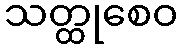
သတ္ထုစေဝ